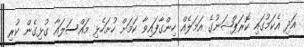
އަދި އެކަމުގައި ކޮރަޕްޝަނުގެ އަމަލެއް ހިންގާފައިވާ ކަމަށް ހުށަހެޅި މައްސަލައާ ގުޅިގެން ކުރި